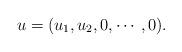
LaTeX: \begin{align*}u=(u_1,u_2,0,\cdots,0).\end{align*}